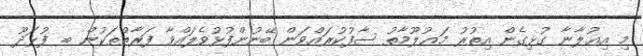
މި އިޢުލާނާ ގުޅިގެން އިތުރު މަޢުލޫމާތު ސާފުކުރައްވަން ބޭނުންފުޅުވެލައްވާ ފަރާތްތަކުން ބ. ފުޅަދޫ